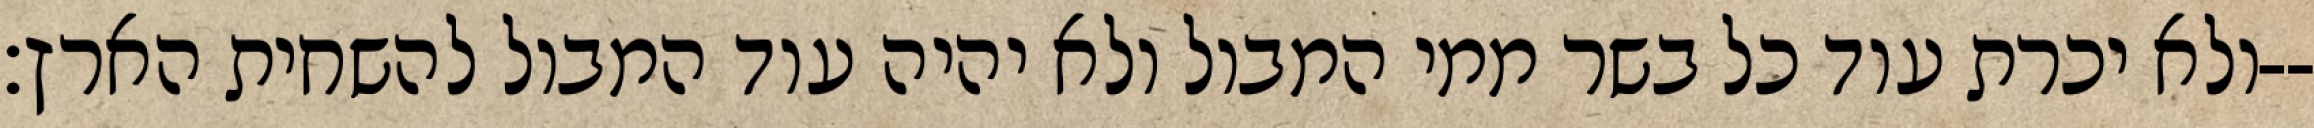
ולא יכרת עוד כל בשר ממי המבול ולא יהיה עוד המבול להשחית הארץ׃--